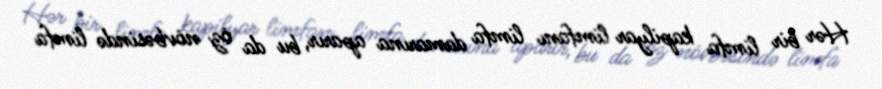
Hər bir limfa kapilyar limfanı limfa damarına aparır, bu da öz növbəsində limfa